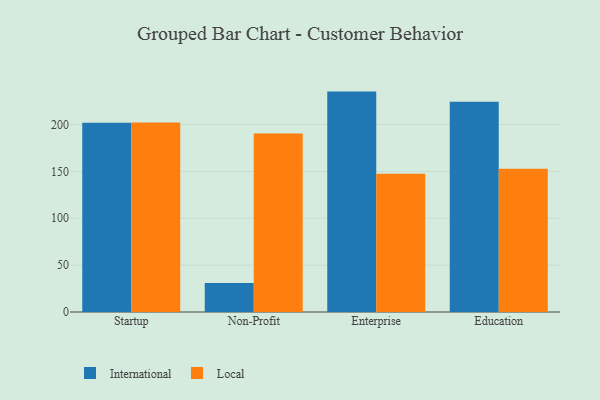
{"axis": {"x": "Segment", "y": "Satisfaction Score"}, "legend": ["International", "Local"], "data": [{"x": "Startup", "y": 201.9, "type": "International"}, {"x": "Startup", "y": 202.1, "type": "Local"}, {"x": "Non-Profit", "y": 31.0, "type": "International"}, {"x": "Non-Profit", "y": 190.6, "type": "Local"}, {"x": "Enterprise", "y": 235.2, "type": "International"}, {"x": "Enterprise", "y": 147.6, "type": "Local"}, {"x": "Education", "y": 224.5, "type": "International"}, {"x": "Education", "y": 152.8, "type": "Local"}]}